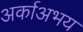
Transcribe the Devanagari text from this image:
अर्काअभय